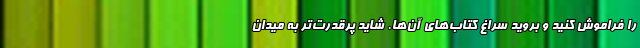
را فراموش کنید و بروید سراغ کتاب‌های آن‌ها. شاید پرقدرت‌تر به میدان